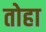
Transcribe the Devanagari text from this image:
तोहा